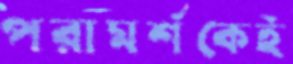
পরামর্শকেই